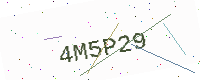
Text: 4M5P29